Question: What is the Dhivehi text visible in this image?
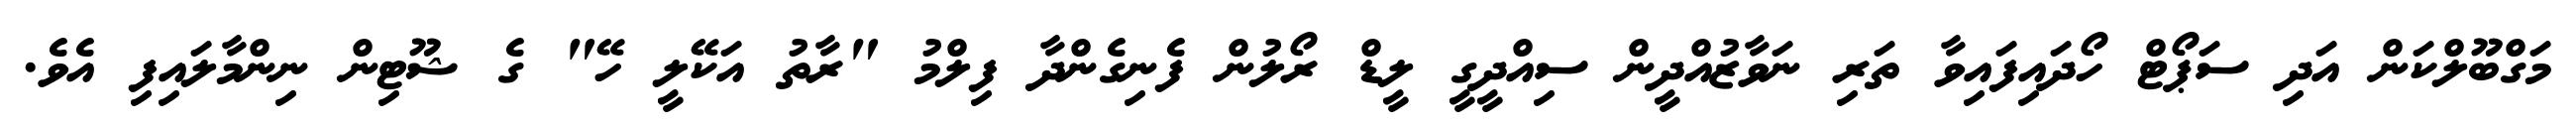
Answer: މަގްބޫލްކަން އަދި ސަޕޯޓް ހޯދައިފައިވާ ތަރި ނަވާޒުއްދީން ސިއްދީގީ ލީޑް ރޯލުން ފެނިގެންދާ ފިލްމު "ރާތު އަކޭލީ ހޭ" ގެ ޝޫޓިން ނިންމާލައިފި އެވެ.